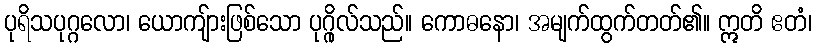
ပုရိသပုဂ္ဂလော၊ ယောကျ်ားဖြစ်သော ပုဂ္ဂိုလ်သည်။ ကောဓနော၊ အမျက်ထွက်တတ်၏။ ဣတိ ဧတံ၊